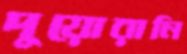
দুয়োরানি